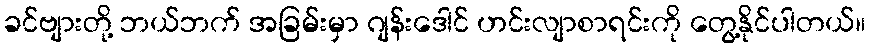
ခင်ဗျားတို့ ဘယ်ဘက် အခြမ်းမှာ ဂျန်းဒေါင် ဟင်းလျာစာရင်းကို တွေ့နိုင်ပါတယ်။